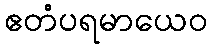
ဧတံပရမာယေဝ